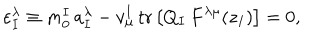
\varepsilon _ { I } ^ { \lambda } \equiv m _ { 0 } ^ { I } \, a _ { I } ^ { \lambda } - v _ { \mu } ^ { I } \, \mathrm { t r } \, \bigl [ Q _ { I } \, F ^ { \lambda \mu } ( z _ { I } ) \bigr ] = 0 ,